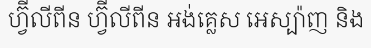
ហ្វ៊ីលីពីន ហ្វ៊ីលីពីន អង់គ្លេស អេស្ប៉ាញ និង